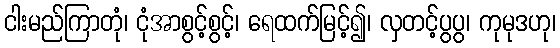
ငါးမည်ကြာတုံ၊ ငုံအာစွင့်စွင့်၊ ရေထက်မြင့်၍၊ လှတင့်ပွပွ၊ ကုမုဒဟု၊